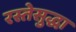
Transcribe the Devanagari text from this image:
रस्तेसुद्धा